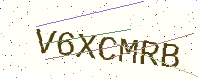
Text: V6XCMRB